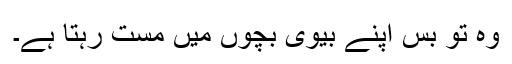
وہ تو بس اپنے بیوی بچوں میں مست رہتا ہے۔